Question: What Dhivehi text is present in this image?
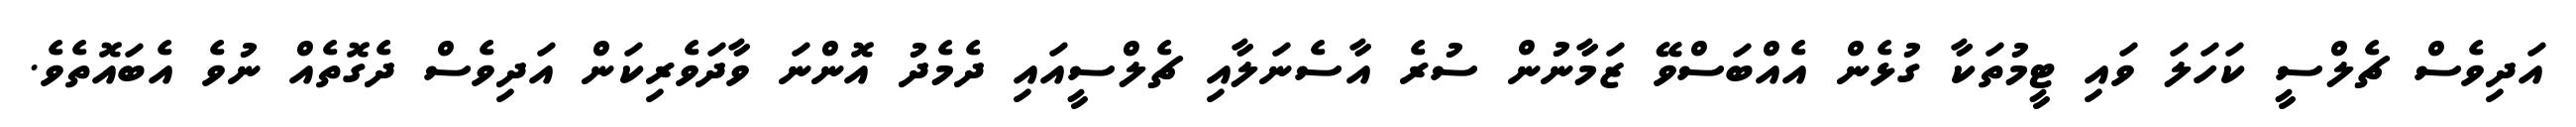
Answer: އަދިވެސް ޗެލްސީ ކަހަލަ ވައި ޓީމުތަކާ ގުޅެން އެއްބަސްވޭ ޒަމާނުން ސުރެ އާސެނަލާއި ޗެލްސީއައި ދެމެދު އޮންނަ ވާދަވެރިކަން އަދިވެސް ދެގޮތެއް ނުވެ އެބައޮތެވެ.